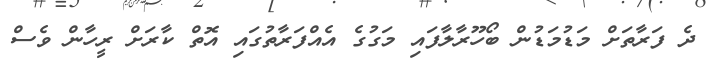
ދެ ފަރާތަށް މަޑުމަޑުން ބޯހޫރާލާފައި މަގުގެ އެއްފަރާތުގައި އޮތް ކާރަށް ރީހާން ވެސް